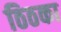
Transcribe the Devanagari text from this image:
ठिठका